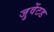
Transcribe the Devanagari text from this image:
जुवेंटड